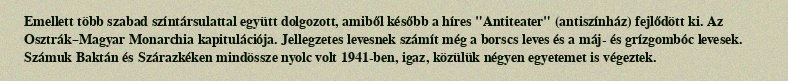
Emellett több szabad színtársulattal együtt dolgozott, amiből később a híres "Antiteater" (antiszínház) fejlődött ki. Az Osztrák–Magyar Monarchia kapitulációja. Jellegzetes levesnek számít még a borscs leves és a máj- és grízgombóc levesek. Számuk Baktán és Szárazkéken mindössze nyolc volt 1941-ben, igaz, közülük négyen egyetemet is végeztek.